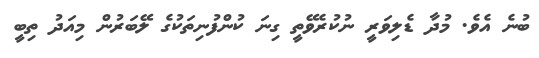
ބުނެ އެވެ. މުދާ ޑެލިވަރީ ނުކުރެވޭތީ ގިނަ ކުންފުނިތަކުގެ ލޭބަރުން މިއަދު ތިބީ